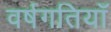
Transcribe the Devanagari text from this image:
वर्षगतियाँ